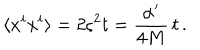
\langle x ^ { i } x ^ { i } \rangle = 2 \varsigma ^ { 2 } t = \frac { \alpha ^ { \prime } } { 4 M } \, t \, .